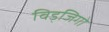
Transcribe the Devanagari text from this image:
विड्जिगो